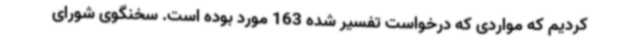
کردیم که مواردی که درخواست تفسیر شده 163 مورد بوده است. سخنگوی شورای